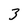
Character: 3